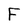
Character: F